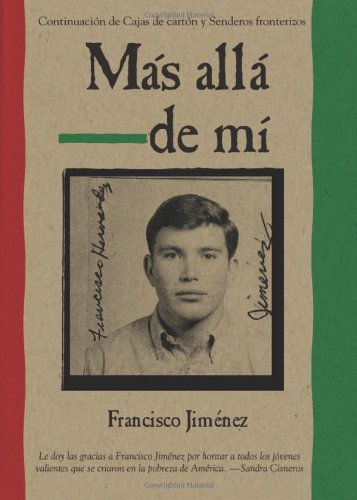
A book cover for Mas alla de mi  Reaching Out Spanish Edition; Francisco JimÃ©nez; Teen & Young Adult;